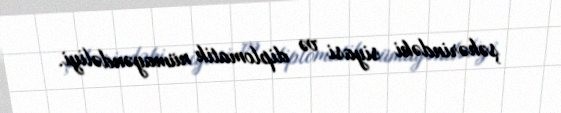
şəhərindəki siyasi və diplomatik nümayəndəliyi.